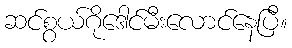
ဆင်စွယ်ဂိုဒေါင်မီးလောင်နေပြီ။